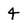
Character: 4